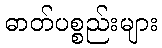
ဓာတ်ပစ္စည်းများ